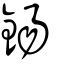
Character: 鍚